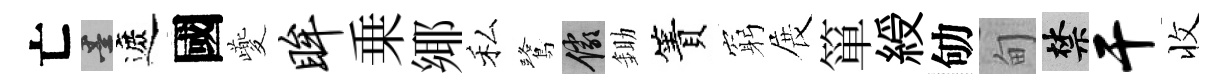
亡墨遮國夔眸乗鄊私鷺儼鋤簀窮展箪綬劬甸禁干收